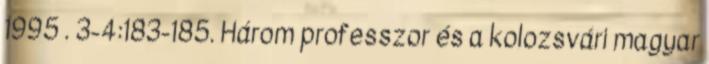
1995 . 3-4:183-185. Három professzor és a kolozsvári magyar